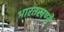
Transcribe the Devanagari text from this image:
भारतखण्डे